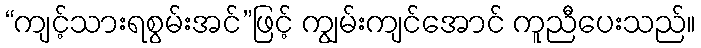
“ကျင့်သားရစွမ်းအင်”ဖြင့် ကျွမ်းကျင်အောင် ကူညီပေးသည်။